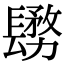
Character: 𨲬